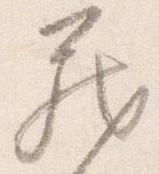
蔵